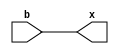
`timescale 1ns / 1ps
//////////////////////////////////////////////////////////////////////////////////
// Company: 
// 
// Design Name: 
// Module Name: buff
// Project Name: 
// Target Devices: 
// Tool Versions: 
// Description: 
// 
// Dependencies: 
// 
// Revision:
// Revision 0.01 - File Created
// Additional Comments:
// 
//////////////////////////////////////////////////////////////////////////////////


module buff(
    input b,
    output x
    );
    assign x=b;
endmodule